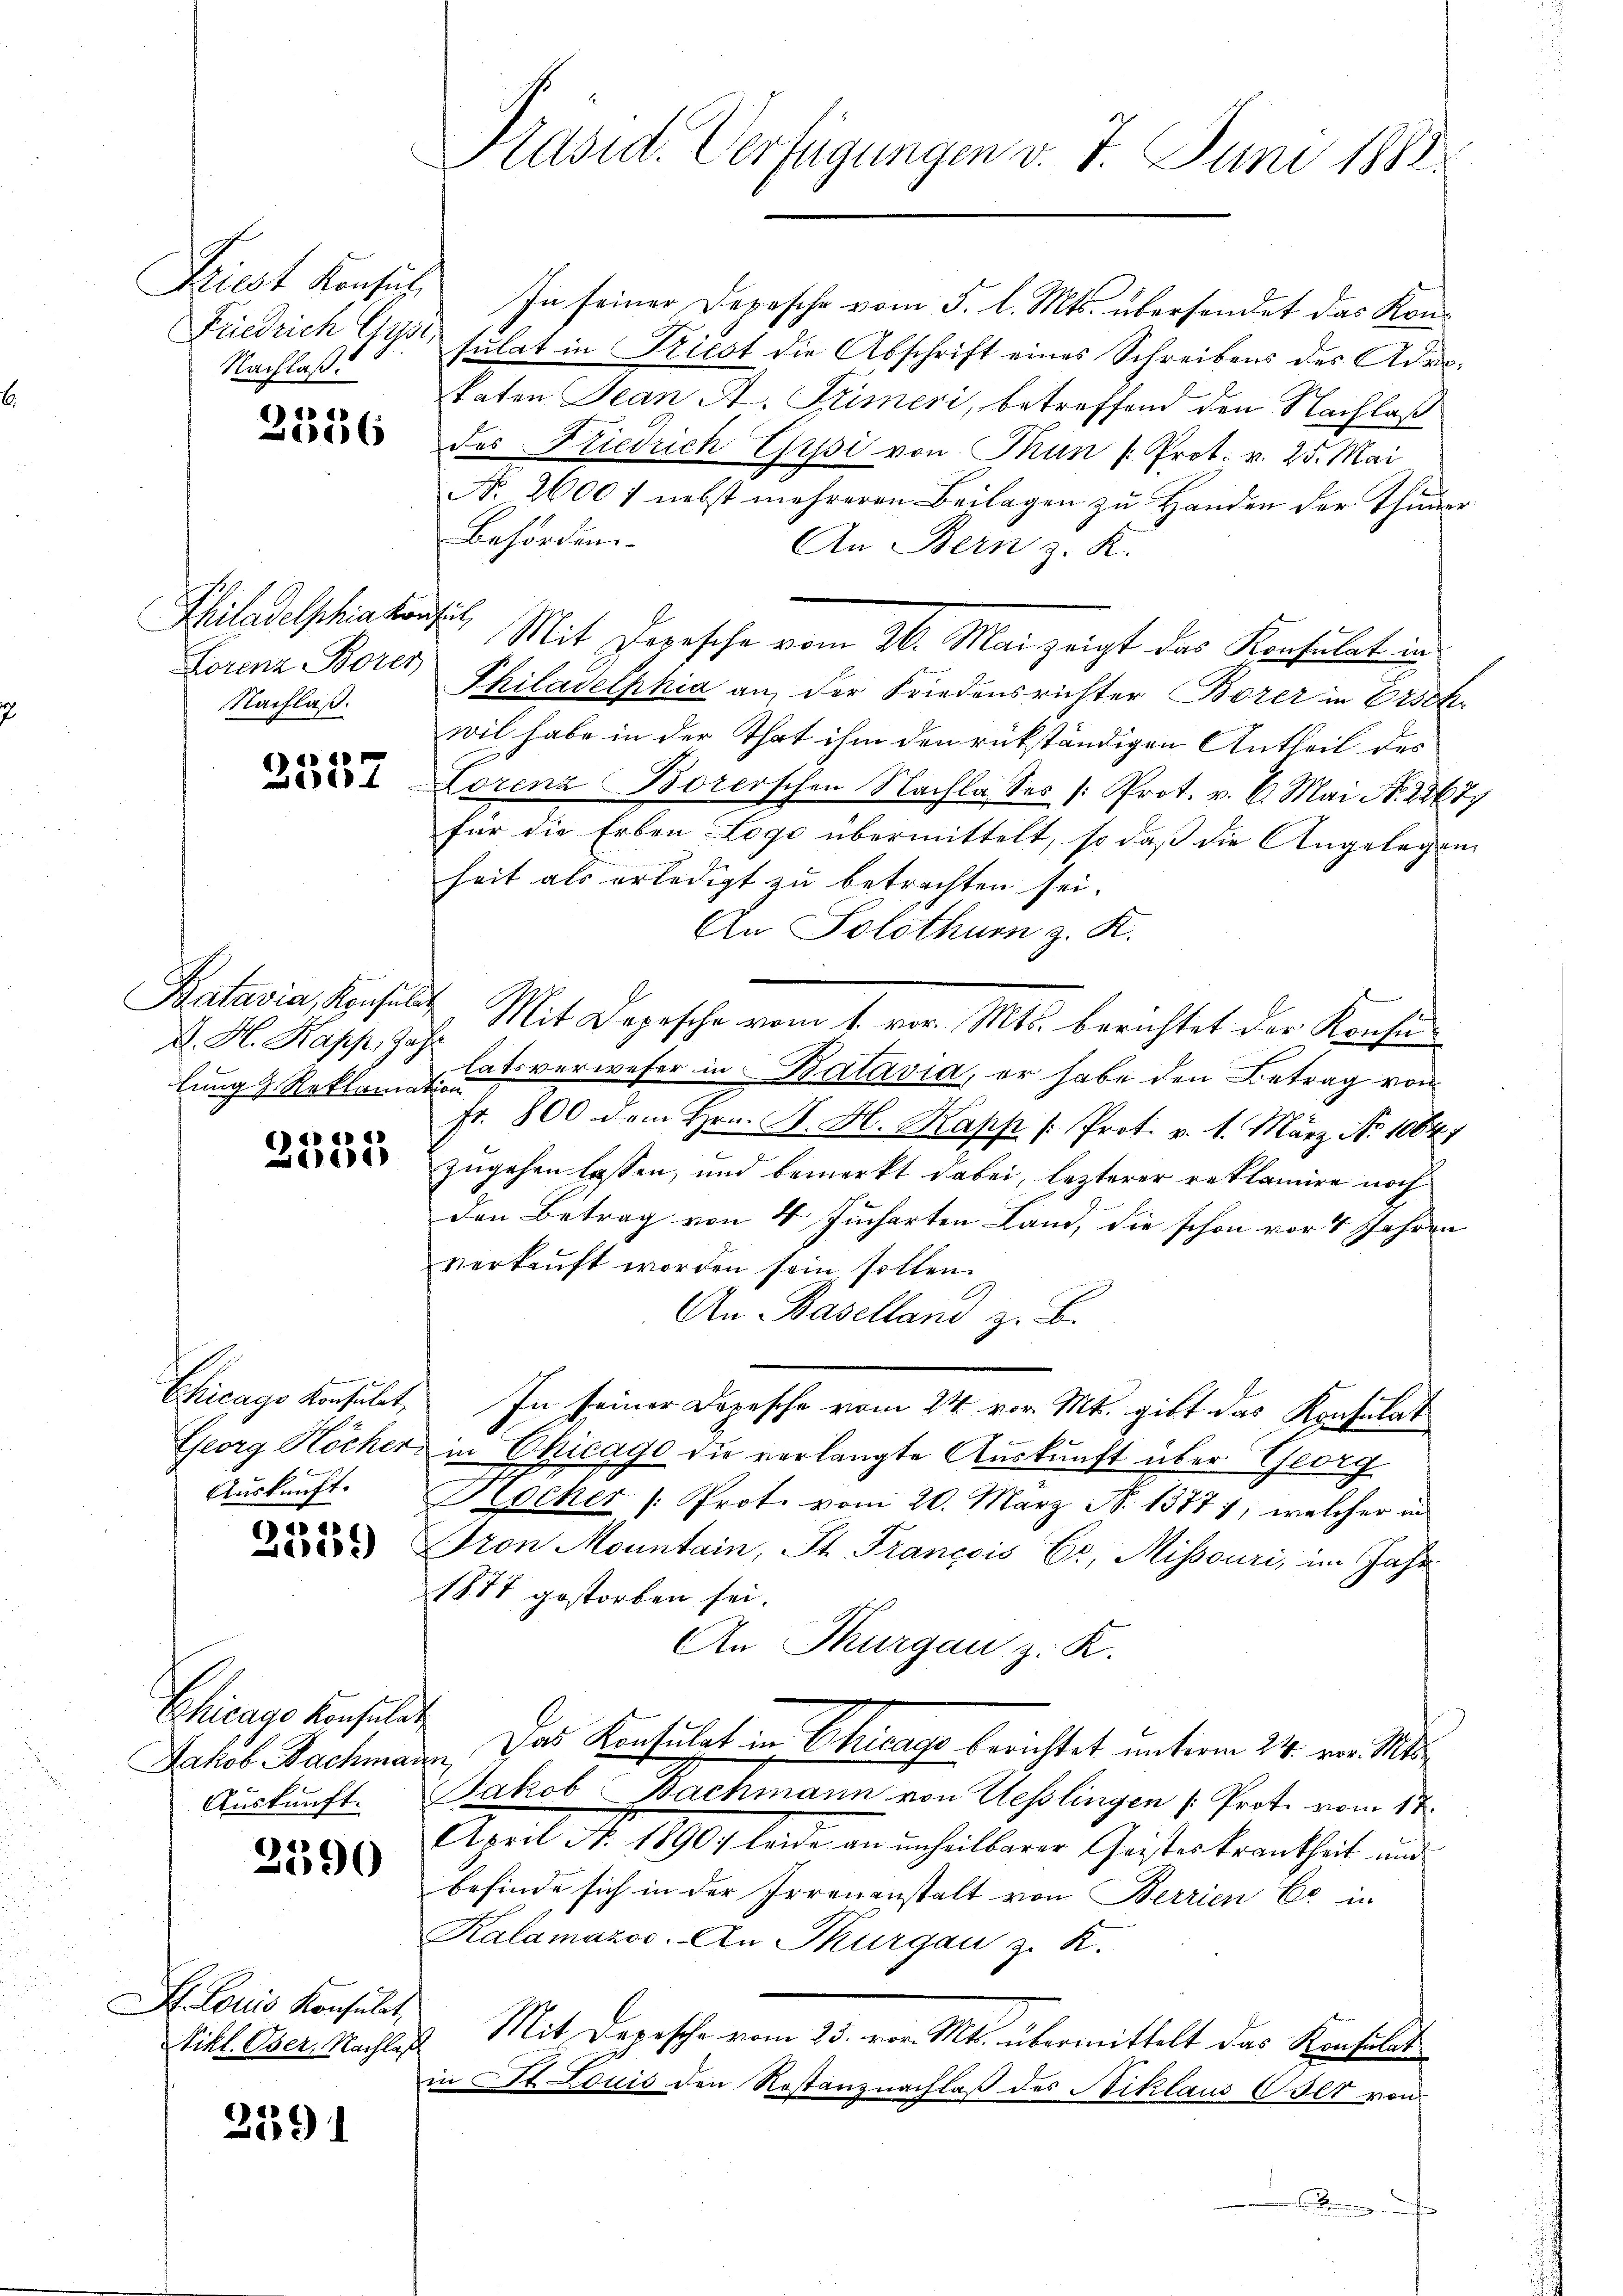
Priest Konsul
Nachlaß.

d e
Zeerl

Philadelphia Konfit,
Lorenz Bores
Nachlaß.

2557

H. H. Rapp, Gast
lung & Reklamation

) in d
111)

Chicago Konsulat,
Georg Höcher

2359)

Chicago konsulat

2590

St. Louis Konsulat
Nikl. Oser, Nachlaß

2391

Präsid. Verfügungen v. 7. Juni 1888.

In seiner Depesche vom 5. l. Mts. übersendet das Kon¬
Friedrich Gysi, sulat in Friest die Abschrift eines Schreibens des Admikaten Jean A. Trimeri, betreffend den Nachlaß
des Friedrich Gipsi von Mun p. Prot. v. 25. Mai
No. 2600 f nebst mehreren Beilagen zu Handen der Thuner
Behörden.
An Bern z. K.
Mit Herrsche vom 26. Mai zeigt das Konsulat in
Philadelphia an der Friedensrichter Borer in Erschr
wil habe in der That ihm den rükständigen Antheil des
Lorenz Borerschen Nachla Ses /: Prot. v. 6. Mai No. 22677
für die Erben Logo übermittelt, so daß die Angelegen
heit als erledigt zu betrachten sei.
An Solothurn z. K.
Batavia, Konsŭlt. Mit Depesche vom 1. vor. Mts. berichtet der Kons
latsverweser in Batavia, er habe den Betrag von
fr. 800 dem Hrn. F. H. Kapp /: Prot. v. 1. März No 1084.)
zugehen lassen, und bemerkt dabei, lezterer reklamire noch
den Betrag von 4 Jucharten Land, die schon vor 7 Jahren
verkaŭft worden sein sollen.
An Baselland z. B.
In seiner Depesche vom 24. vor. Mt. gibt das Konsulat
in Chicago die verlangte Auskunft über Georg
Auskunft Kocher /: Prote vom 20. März N. 1377), welcher in
ron Monntain, St. François Er, Missouri, im Jahr
1877 gestorben sei.
An Thurgau z. K.
Jakob Bachmann. Das Konsulat in Chicago berichtet unterm 24. vor. Mts.
Auskunft. Jakob Bachmann von Ueßlingen Prot. vom 17.
April N. 1890; leide an unheilbarer Geisteskrankheit und
befinde sich in der Irrenanstalt von Berrien Er in
Kalamazoc. An Thurgau z. K.
& Mit Depesche vom 25. vor. Mts. übermittelt das Konsulat
in St. Louis den Rostanznachlaß des Niklaus CIlt von
.